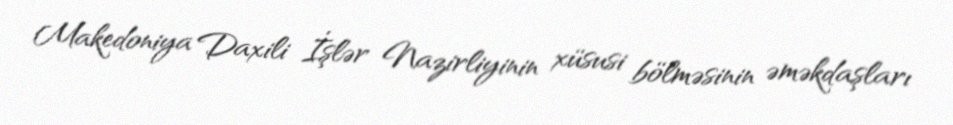
Makedoniya Daxili İşlər Nazirliyinin xüsusi bölməsinin əməkdaşları